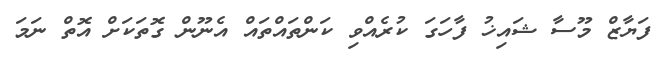
ފަޔާޒް މޫސާ ޝައިޚު ފާހަގަ ކުރެއްވި ކަންތައްތައް އެނޫން ގޮތަކަށް އޮތް ނަމަ